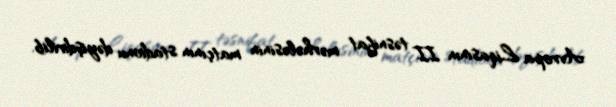
Avropa Liqasının II təsnifat mərhələsinin matçının stadionu dəyişdirilib.